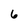
Character: 6